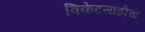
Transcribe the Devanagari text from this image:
विकेटसाठीचा